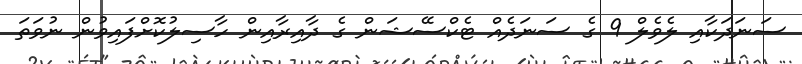
ސަނަދަކާއި ލެވެލް 9 ގެ ސަނަދެއް ޓެކްސޭޝަން ގެ ދާއިރާއިން ހާސިލުކޮށްފައިވުން ނުވަތަ